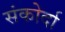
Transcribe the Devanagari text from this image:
संकोर्दा